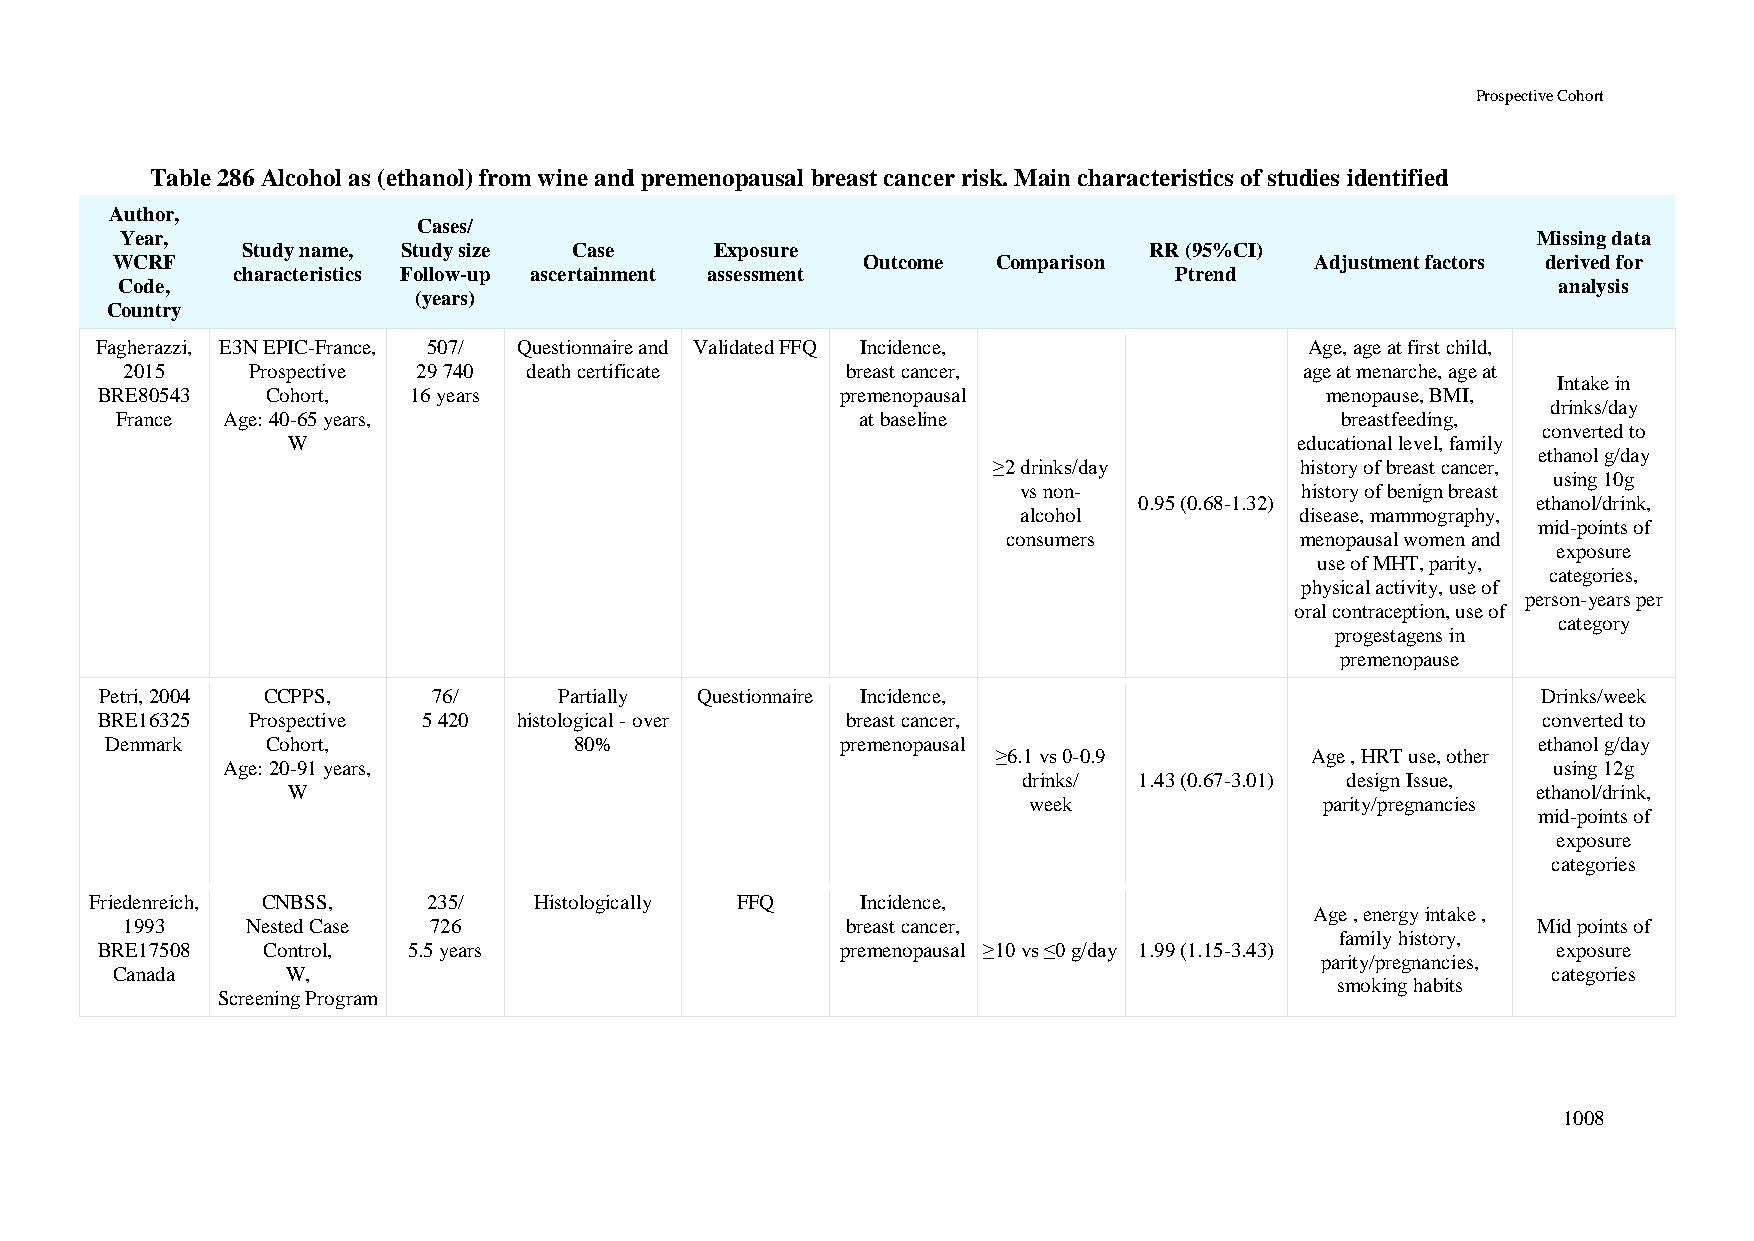
Prospective Cohort
 Table 286 Alcohol as (ethanol) from wine and premenopausal breast cancer risk. Main characteristics of studies identified
 Author,
 Cases/
 Year,                                                                                         Missing data
 Study name, Study size Case    Exposure                     RR (95%CI)
 WCRF                                              Outcome  Comparison           Adjustment factors derived for
 characteristics Follow-up ascertainment assessment             Ptrend
 Code,                                                                                          analysis
 (years)
 Country
 Fagherazzi, E3N EPIC-France, 507/ Questionnaire and Validated FFQ Incidence,     Age, age at first child,
 2015    Prospective 29 740 death certificate    breast cancer,                age at menarche, age at
 Intake in
 BRE80543    Cohort,  16 years                     premenopausal                   menopause, BMI,
 drinks/day
 France Age: 40-65 years,                         at baseline                     breastfeeding,
 converted to
 W                                                                  educational level, family
 ethanol g/day
 ≥2 drinks/day       history of breast cancer,
 using 10g
 vs non-            history of benign breast
 0.95 (0.68-1.32)           ethanol/drink,
 alcohol           disease, mammography,
 mid-points of
 consumers          menopausal women and
 exposure
 use of MHT, parity,
 categories,
 physical activity, use of
 person-years per
 oral contraception, use of
 category
 progestagens in
 premenopause
 Petri, 2004 CCPPS,    76/     Partially Questionnaire Incidence,                               Drinks/week
 BRE16325  Prospective 5 420 histological - over   breast cancer,                                converted to
 Denmark    Cohort,             80%               premenopausal                                 ethanol g/day
 ≥6.1 vs 0-0.9        Age , HRT use, other
 Age: 20-91 years,                                                                       using 12g
 drinks/ 1.43 (0.67-3.01) design Issue,
 W                                                                                  ethanol/drink,
 week                parity/pregnancies
 mid-points of
 exposure
 categories
 Friedenreich, CNBSS,  235/   Histologically FFQ    Incidence,
 Age , energy intake ,
 1993    Nested Case 726                         breast cancer,                                Mid points of
 family history,
 BRE17508   Control,  5.5 years                    premenopausal ≥10 vs ≤0 g/day 1.99 (1.15-3.43) exposure
 parity/pregnancies,
 Canada      W,                                                                                  categories
 smoking habits
 Screening Program
 1008